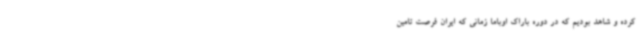
کرده و شاهد بودیم که در دوره باراک اوباما زمانی که ایران فرصت تامین